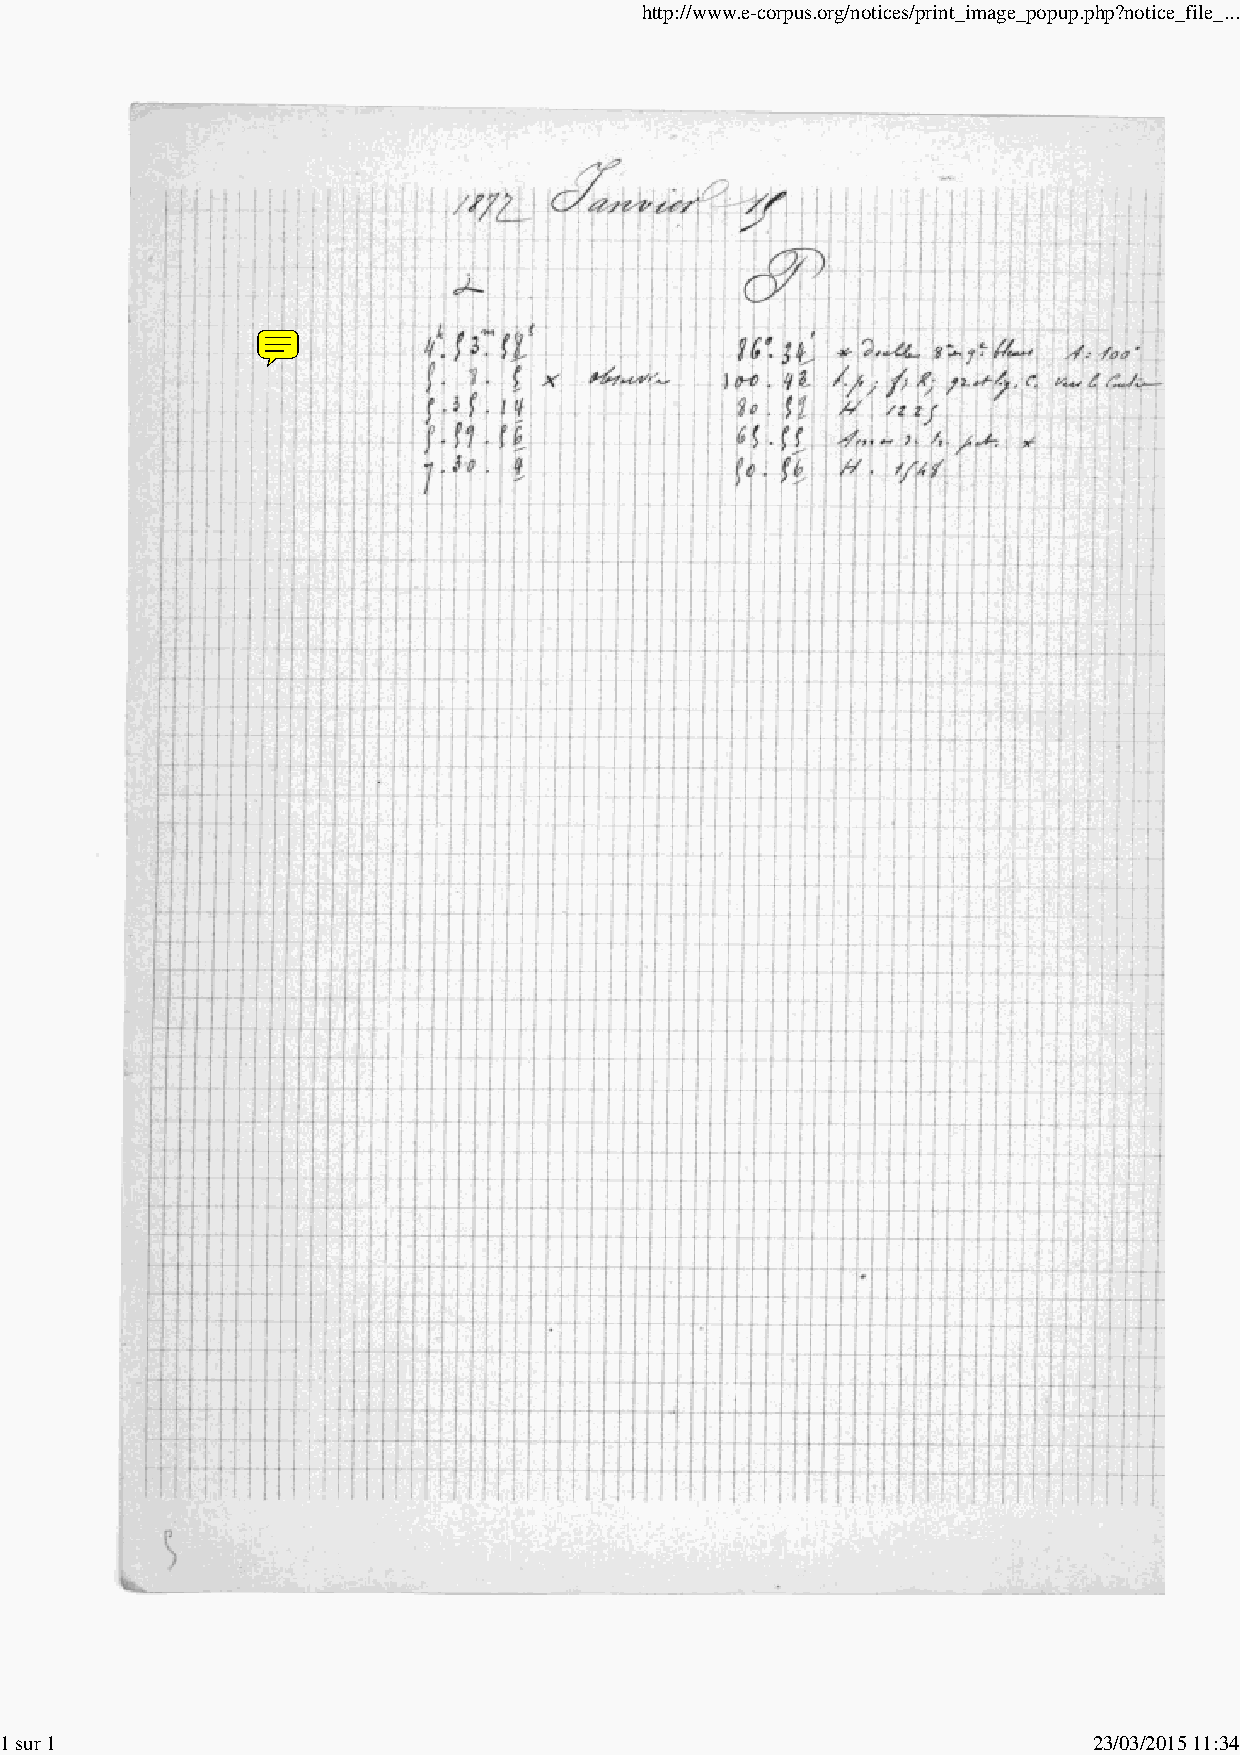
http://www.e-corpus.org/notices/print_image_popup.php?notice_file_...
 1 sur 1                                                                 23/03/2015 11:34